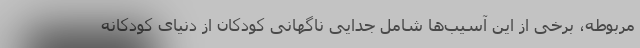
مربوطه، برخی از این آسیب‌ها شامل جدایی ناگهانی کودکان از دنیای کودکانه